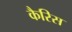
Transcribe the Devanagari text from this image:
कैरिस